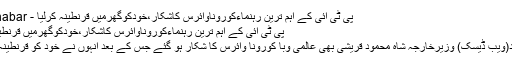
پی ٹی آئی کے اہم ترین رہنماءکوروناوائرس کاشکار،خودکوگھرمیں قرنطینہ کرلیا - Forikhabar
پی ٹی آئی کے اہم ترین رہنماءکوروناوائرس کاشکار،خودکوگھرمیں قرنطینہ کرلیا
اسلام آباد(ویب ڈیسک) وزیرخارجہ شاہ محمود قریشی بھی عالمی وبا کورونا وائرس کا شکار ہو گئے جس کے بعد انہوں نے خود کو قرنطینہ کر لیا ۔